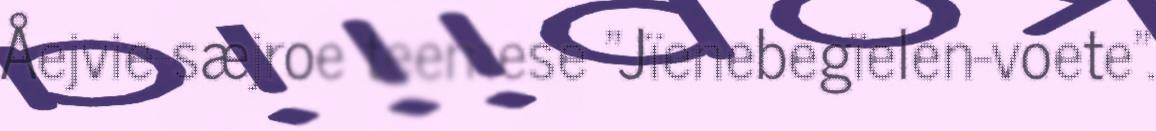
Åejvie-sæjroe teemese "Jïenebegïelen-voete".